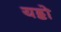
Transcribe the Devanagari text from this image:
यड्डो